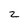
Character: 2